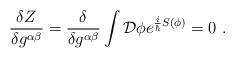
LaTeX: \begin{align*}\frac{\delta Z}{\delta g^{\alpha \beta }}=\frac{\delta }{\delta g^{\alpha\beta }}\int {\cal D}\phi e^{\frac{i}{\hbar}S(\phi )}=0\ .\end{align*}